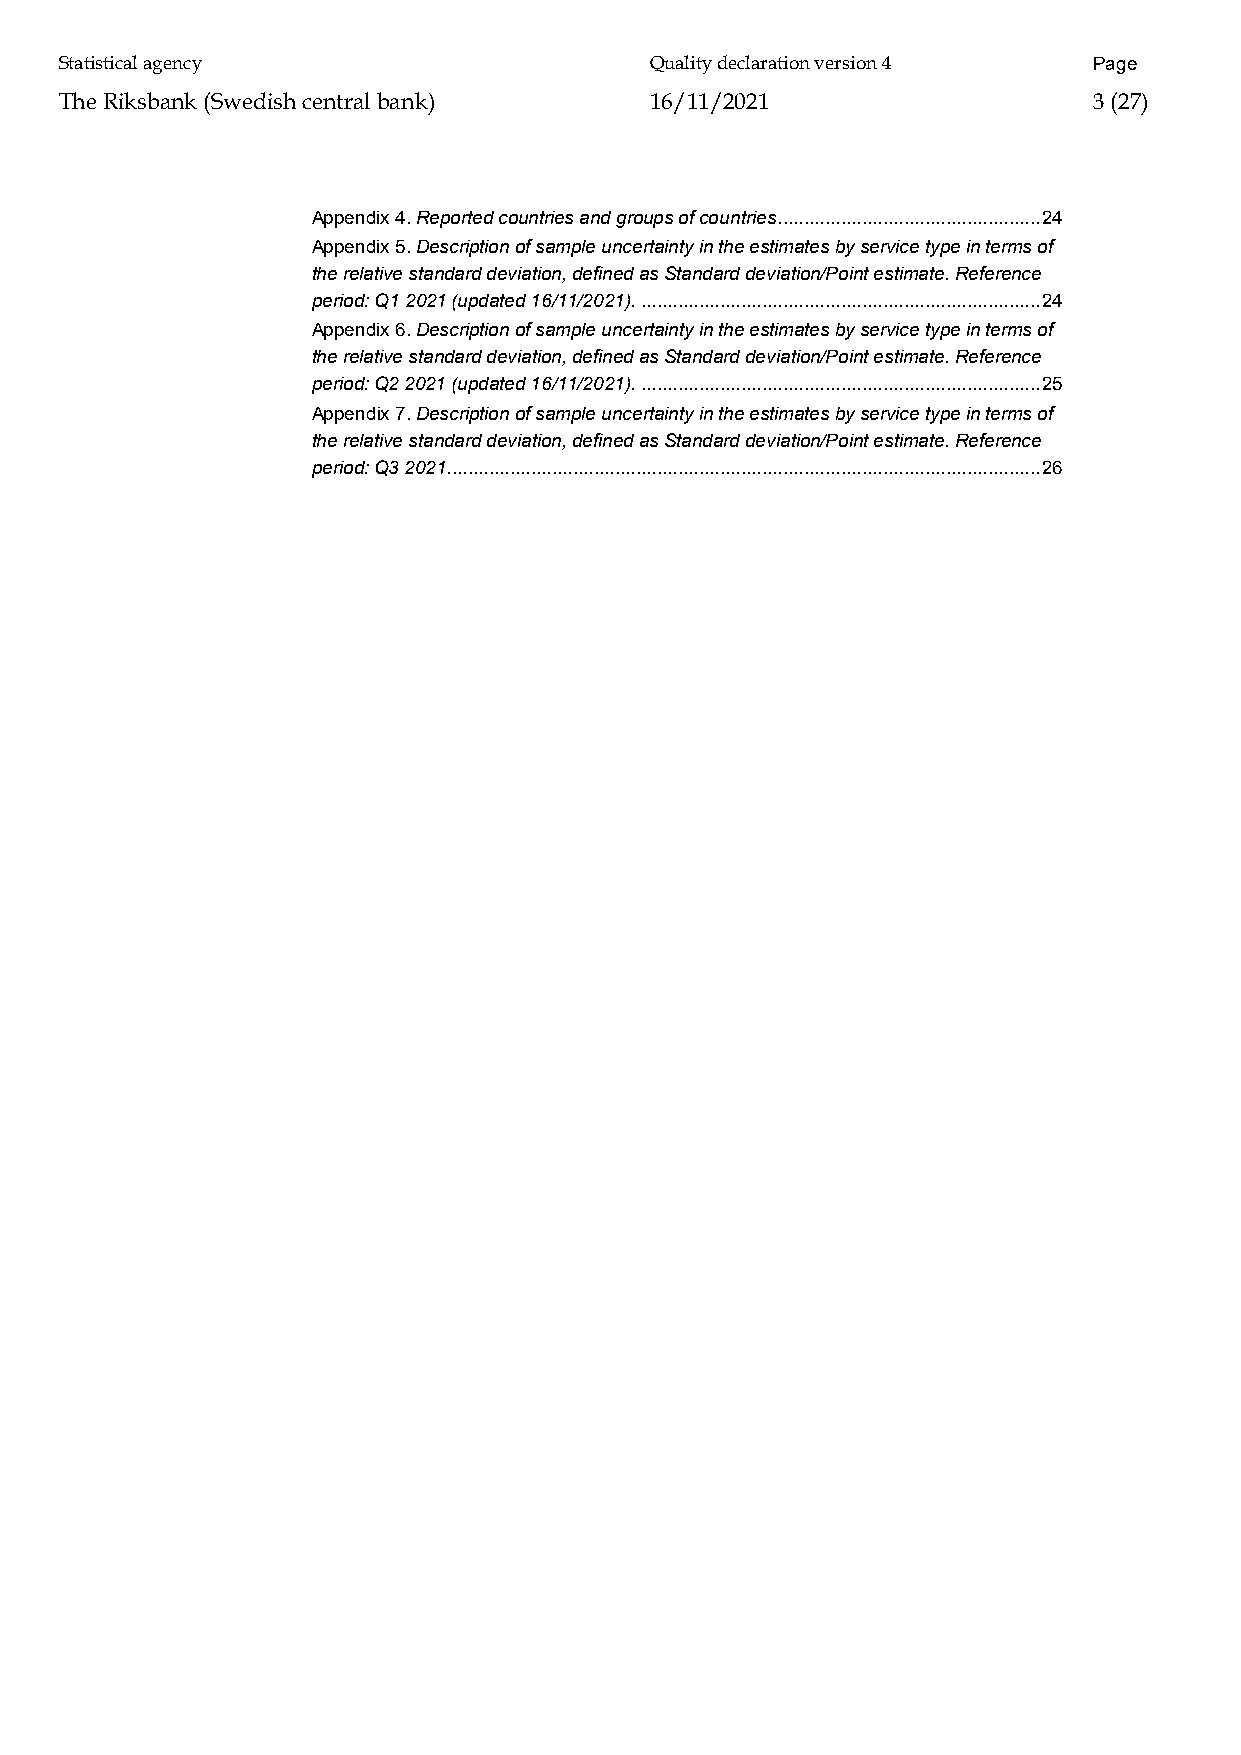
Statistical agency                     Quality declaration version 4 Page
 The Riksbank (Swedish central bank)    16/11/2021                   3 (27)
 Appendix 4. Reported countries and groups of countries .................................................. 24
 Appendix 5. Description of sample uncertainty in the estimates by service type in terms of
 the relative standard deviation, defined as Standard deviation/Point estimate. Reference
 period: Q1 2021 (updated 16/11/2021). ............................................................................ 24
 Appendix 6. Description of sample uncertainty in the estimates by service type in terms of
 the relative standard deviation, defined as Standard deviation/Point estimate. Reference
 period: Q2 2021 (updated 16/11/2021). ............................................................................ 25
 Appendix 7. Description of sample uncertainty in the estimates by service type in terms of
 the relative standard deviation, defined as Standard deviation/Point estimate. Reference
 period: Q3 2021................................................................................................................. 26